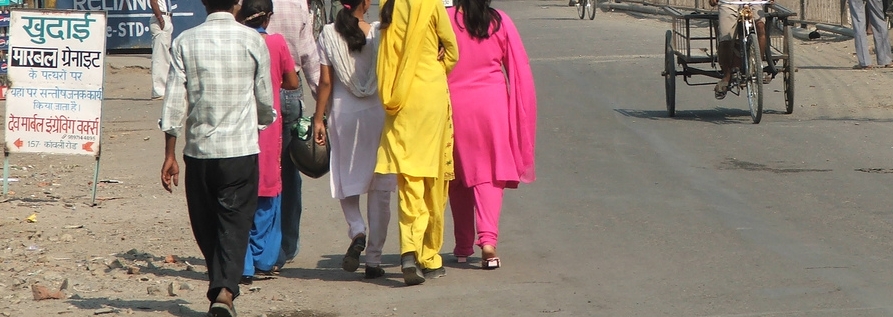
Language: hindi
Transcription: वर्क्स इंग्रेविंग कार्या पर ग्रेनाइट मारबल खुदाई